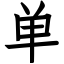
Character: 单